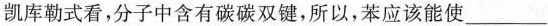
凯库勒式看，分子中含有碳碳双键，所以，苯应该能使___